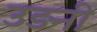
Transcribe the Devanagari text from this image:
उड़नी